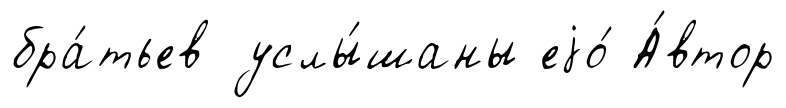
бра́тьев услы́шаны еjо́ А́втор